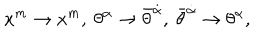
x ^ { m } \rightarrow x ^ { m } , \ \theta ^ { \alpha } \rightarrow \bar { \theta } ^ { \dot { \alpha } } , \ \bar { \theta } ^ { \dot { \alpha } } \rightarrow \theta ^ { \alpha } ,